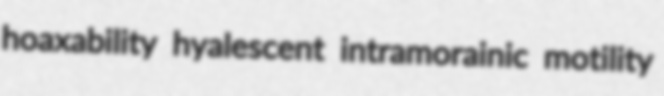
hoaxability hyalescent intramorainic motility